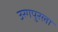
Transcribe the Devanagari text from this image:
उरगपुरला